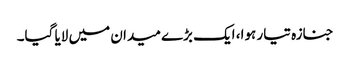
جنازہ تیار ہوا، ایک بڑے میدان میں لایا گیا۔